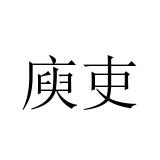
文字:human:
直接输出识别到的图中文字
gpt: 庾吏